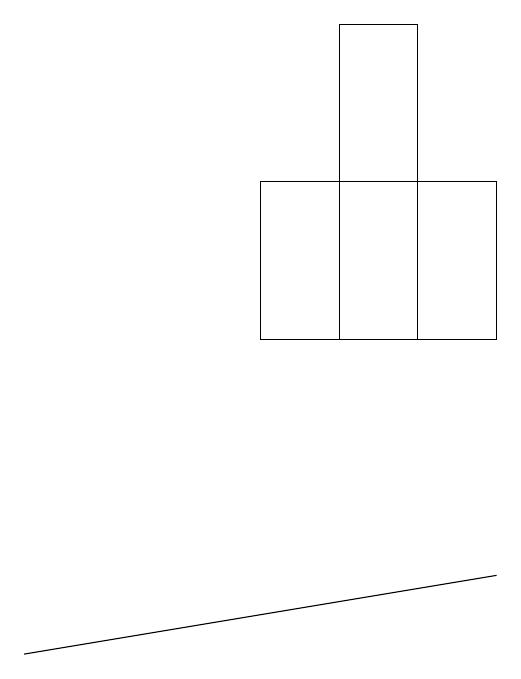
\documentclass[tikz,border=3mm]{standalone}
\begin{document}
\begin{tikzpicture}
\draw (4,10) rectangle (7,12);
\draw (7,7) -- (7,7) -- (1,6) -- cycle;
\draw (5,10) rectangle (6,14);
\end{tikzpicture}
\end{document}